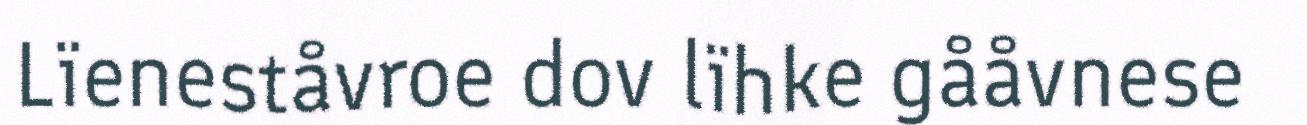
Lïeneståvroe dov lïhke gååvnese